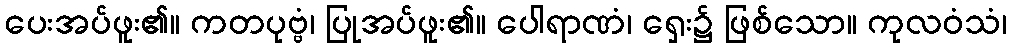
ပေးအပ်ဖူး၏။ ကတပုဗ္ဗံ၊ ပြုအပ်ဖူး၏။ ပေါရာဏံ၊ ရှေး၌ ဖြစ်သော။ ကုလဝံသံ၊